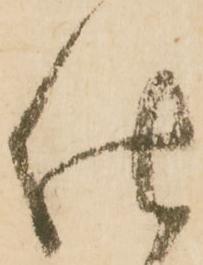
仕